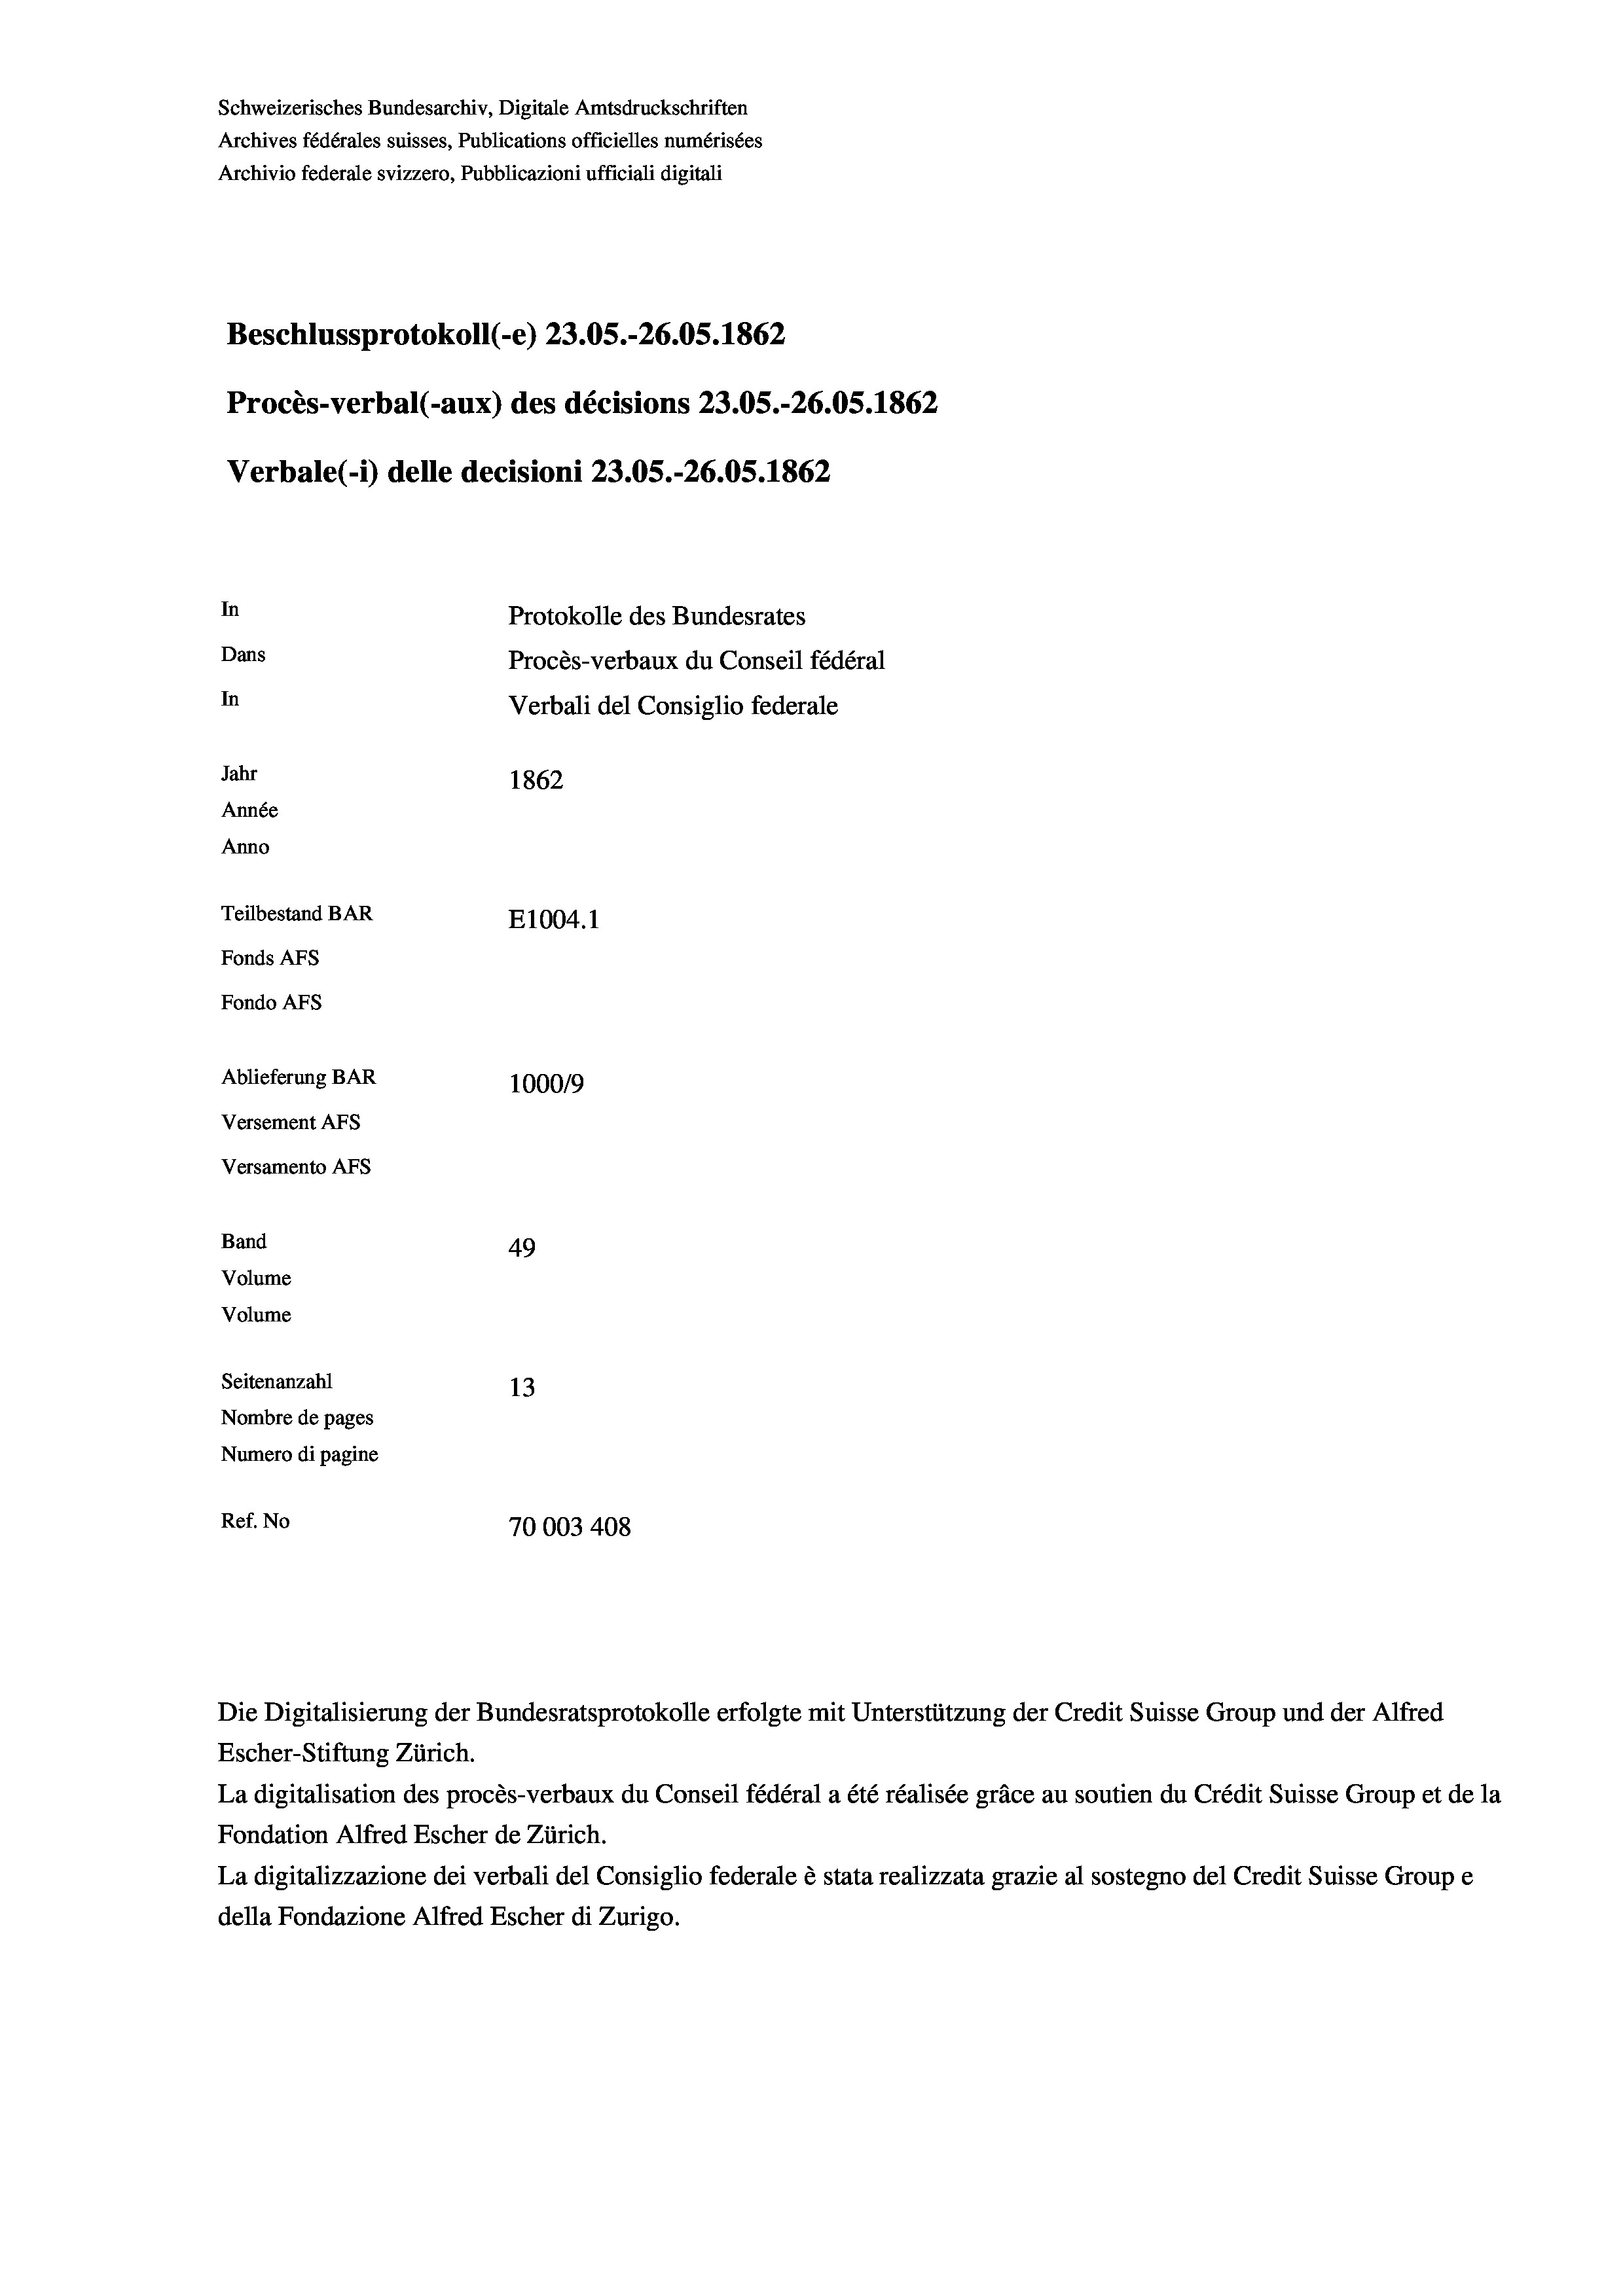
Schweizerisches Bundesarchiv, Digitale Amtsdruckschriften
Archives fédérales suisses, Publications officielles numérisées
Archivio federale svizzero, Pubblicazioni ufficiali digitali
Beschlussprotokoll (-e) 23.05.-26.05. 1862
Procès-verbal (-aux) des décisions 23.05.-26.05. 1862
Verbale (1) delle decisioni 23.05.-26.05. 1862.
In
Protokolle des Bundesrates
Dans
Procès-verbaux du Conseil fédéral
In
Verbali del Consiglio federale
Jahr
1862
Année
Anno
Teilbestand BAR
E1004. 1
Fonds AFs
Fondo Afs
Ablieferung BAR
100019
Versement AFs
Versamento Afs

49
13
Nombre de pages
Numero di pagine
Ref. No
70003408

Band
Volume
Volume

Seitenanzahl

Escher-Stiftung Zürich.
La digitalisation des procès-verbaux du Conseil fédéral a été réalisée gräce au soutien du Crédit Suisse Group et de la
Fondation Alfred Escher de Zürich.
La digitalizzazione dei verbali del Consiglio federale è stata realizzata grazie al sostegno del Credit Suisse Groupe
della Fondazione Alfred Escher di Zurigo.

Die Digitalisierung der Bundesratsprotokolle erfolgte mit Unterstützung der Credit Suisse Group und der Alfred